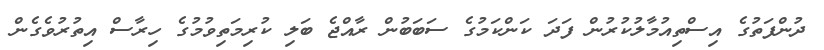
ދުންފަތުގެ އިސްތިއުމާލުކުރުން ފަދަ ކަންކަމުގެ ސަބަބުން ރާއްޖެ ބަލި ކުރިމަތިވުމުގެ ހިރާސް އިތުރުވެގެން